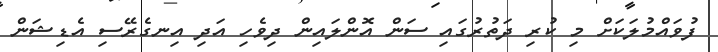
ފުވައްމުލަކަށް މި ކުރި ދަތުރުގައި ސަން އޮންލައިން ދިވެހި އަދި އިނގެރޭސި އެޑިޝަން